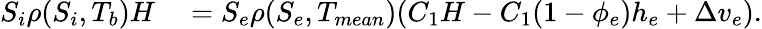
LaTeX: \begin{array}{rl}{S_{i}\rho(S_{i},T_{b})H}&{{}=S_{e}\rho(S_{e},T_{mean})(C_{1}H-C_{1}(1-\phi_{e})h_{e}+\Delta v_{e}).}\end{array}